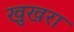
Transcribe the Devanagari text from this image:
खुखरा